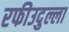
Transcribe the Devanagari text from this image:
रफीउदुल्ला